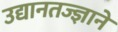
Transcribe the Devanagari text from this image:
उद्यानतज्ज्ञाने